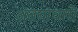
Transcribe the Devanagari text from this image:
अंतयाधारों